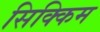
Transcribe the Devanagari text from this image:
सिक्किम